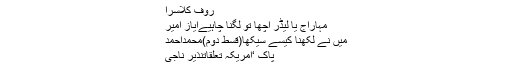
روف کلاسرا
مہاراج یا لیڈر اچھا تو لگنا چاہیےایاز امیر
میں نے لکھنا کیسے سیکھا(قسط دوم)محمداحمد
پاک ‘امریکہ تعلقاتنذیر ناجی